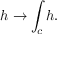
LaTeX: h \to \int _ { c } h .